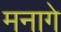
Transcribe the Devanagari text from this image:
मनागे